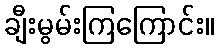
ချီးမွမ်းကြကြောင်း။